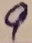
Text: 9